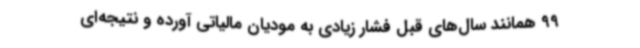
99 همانند سال‌های قبل فشار زیادی به مودیان مالیاتی آورده و نتیجه‌ای